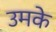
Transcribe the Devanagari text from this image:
उमके